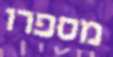
מספרו